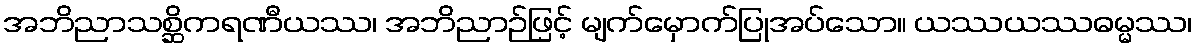
အဘိညာသစ္ဆိကရဏီယဿ၊ အဘိညာဉ်ဖြင့် မျက်မှောက်ပြုအပ်သော။ ယဿယဿဓမ္မဿ၊